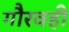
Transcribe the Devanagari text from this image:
गौरवही